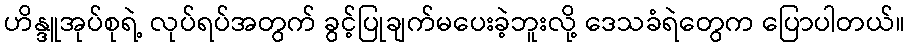
ဟိန္ဒူအုပ်စုရဲ့ လုပ်ရပ်အတွက် ခွင့်ပြုချက်မပေးခဲ့ဘူးလို့ ဒေသခံရဲတွေက ပြောပါတယ်။